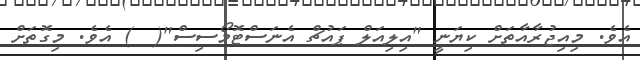
އެވެ. މިއިޖުރާއާތަށް ކިޔަނީ "އިލިއަލް ޕައުޗް އެނަސްޓޮމޯސިސް"(  ) އެވެ. މިގޮތަށް